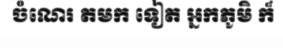
ចំណេរ តមក ទៀត អ្នកភូមិ ក៏